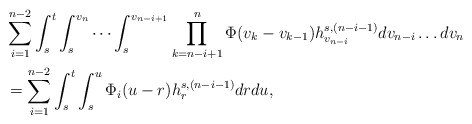
\begin{align*}&\sum_{i=1}^{n-2} \int_s^t \int_s^{v_n} \cdots \int_s^{v_{n-i+1}} \prod_{k=n-i+1}^{n} \Phi(v_k-v_{k-1}) h_{v_{n-i}}^{s,(n-i-1)} dv_{n-i} \ldots dv_n \\&=\sum_{i=1}^{n-2} \int_s^t \int_s^{u} \Phi_i(u-r) h_{r}^{s,(n-i-1)} dr du,\end{align*}